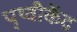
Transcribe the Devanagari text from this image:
पृथ्वीकेंद्र